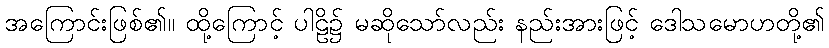
အကြောင်းဖြစ်၏။ ထို့ကြောင့် ပါဠိ၌ မဆိုသော်လည်း နည်းအားဖြင့် ဒေါသမောဟတို့၏